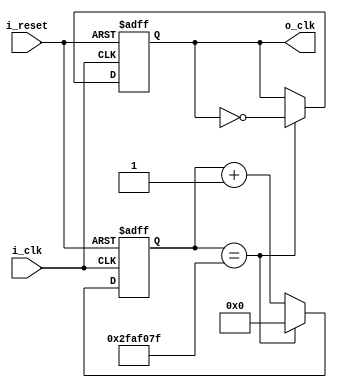
`timescale 1ns / 1ps

module ClockDivider_1Hz(
    input i_clk,
    input i_reset,
    output o_clk
    );

    reg r_clk = 1'b0;
    reg [31:0] r_counter = 0;

    assign o_clk = r_clk;

    always @(posedge i_clk or posedge i_reset) begin
        if (i_reset) begin
            r_clk <= 1'b0;
            r_counter <= 0;
        end
        else begin
            if (r_counter == 50_000_000 - 1) begin
                r_clk <= ~r_clk;
                r_counter <= 0;
            end
            else begin
                r_counter <= r_counter + 1;
            end
        end
    end
endmodule